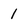
Character: 1